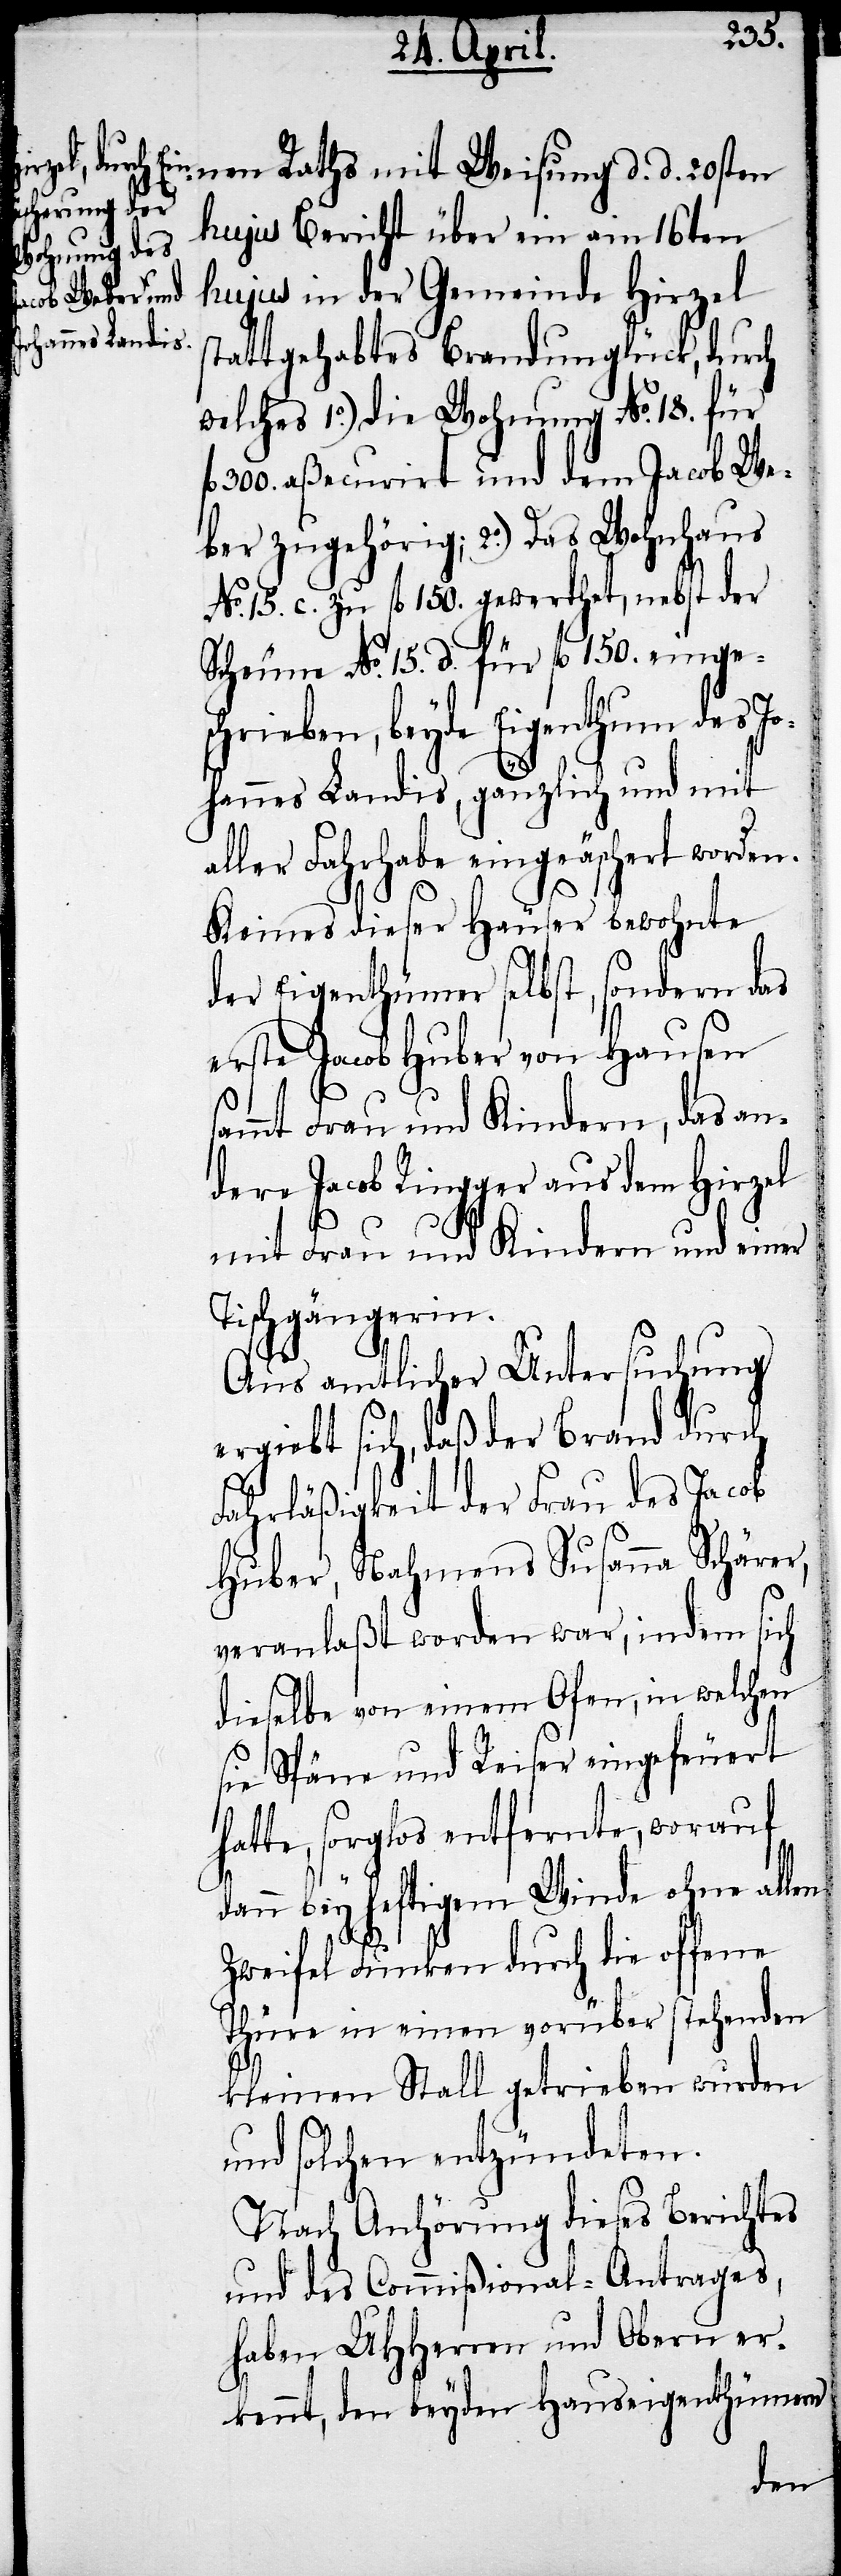
nen Raths mit Weisung d. d. 20sten
hujus Bericht über ein am 16ten
hujus in der Gemeinde Hirzel
tattgehabtes Brandunglück, durch
welches 1o.) die Wohnung No. 18. für
300. aßecurirt und dem Jacob We¬
ber zugehörig; 2o.) Das Wohnhaus
No. 15. c. zu fl. 150. gewerthet, nebst der
Scheune No. 15. d. für fl. 150. einge¬
schrieben, beyde Eigenthum des Jo¬
hannes Landis, gänzlich und mit
aller Fahrhabe eingeäschert worden.
Keines dieser Häuser bewohnte
der Eigenthümer selbst, sondern das
erste Jacob Huber von Hausen
ammt Frau und Kindern, das an¬
dere Jacob Ringger aus dem Hirzel
mit Frau und Kindern und einer
Tischgängerin.
Aus amtlicher Untersuchung
ergiebt sich, daß der Brand durch
ha¬
Fahrläßigkeit der Frau des Jacob
Huber, Nahmens Susanna Schärer,
veranlaßt worden war, indem sich
dieselbe von einem Ofen, in welchen
sie Späne und Reiser eingefeuert
tte, sorglos entfernte, worauf
dann bey heftigem Winde ohne allen
Zweifel Funken durch die offene
Thüre in einen vorüber stehenden
kleinen Stall getrieben wurden
und solchen entzündeten.
Nach Anhörung dieses Berichtes
und des Commißional-Antrages,
haben UHHerren und Obern er¬
kennt, den beyden Hauseigenthümern